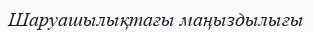
Шаруашылықтағы маңыздылығы